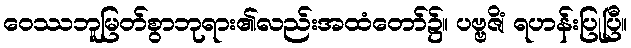
ဝေဿဘူမြတ်စွာဘုရား၏လည်းအထံတော်၌။ ပဗ္ဗဇိံ၊ ရဟန်းပြုပြီ။